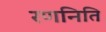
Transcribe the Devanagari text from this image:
रणनिति